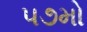
૫૭મો